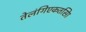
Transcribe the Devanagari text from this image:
तेलंगिएकतसिा